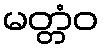
မတ္တံဝ